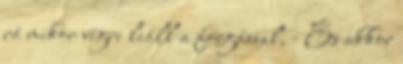
rá mikor végre leáll a forgással. - És akkor